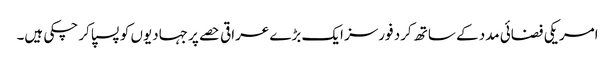
امریکی فضائی مدد کے ساتھ کرد فورسز ایک بڑے عراقی حصے پر جہادیوں کو پسپا کر چکی ہیں۔